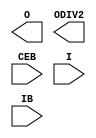

module IBUFDS_GTE2 (
    O,
    ODIV2,

    CEB,
    I,
    IB
    );
`ifdef XIL_TIMING
    parameter LOC = "UNPLACED";
`endif
    parameter CLKCM_CFG = "TRUE";
    parameter CLKRCV_TRST = "TRUE";
    parameter [1:0] CLKSWING_CFG = 2'b11;

    output O;
    output ODIV2;

    input CEB;
    input I;
    input IB;



endmodule